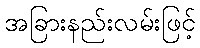
အခြားနည်းလမ်းဖြင့်